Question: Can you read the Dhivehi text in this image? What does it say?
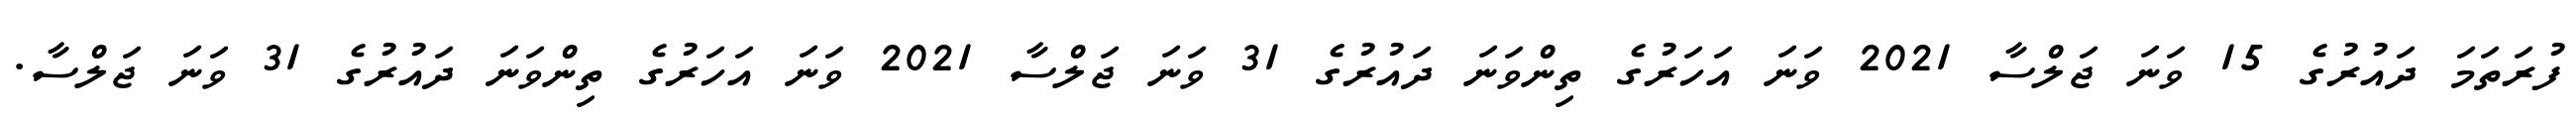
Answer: ފުރަތަމަ ދައުރުގެ 15 ވަނަ ޖަލްސާ 2021 ވަނަ އަހަރުގެ ތިންވަނަ ދައުރުގެ 31 ވަނަ ޖަލްސާ 2021 ވަނަ އަހަރުގެ ތިންވަނަ ދައުރުގެ 31 ވަނަ ޖަލްސާ.